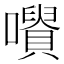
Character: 𡃪